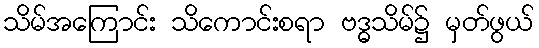
သိမ်အကြောင်း သိကောင်းစရာ ဗဒ္ဓသိမ်၌ မှတ်ဖွယ်